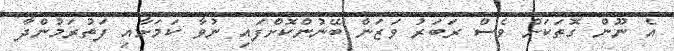
އެ ނޫން ގޮތަކަށް ވެސް ރަބަރު ވަޒަން ބޭނުންކޮށްފައި ނުވާ ކަމަށާއި ފަތުރަމުންދާ